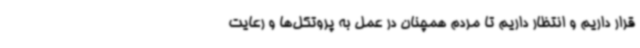
قرار داریم و انتظار داریم تا مردم همچنان در عمل به پروتکل‌ها و رعایت